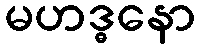
မဟဒ္ဓနော